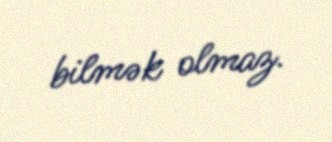
bilmək olmaz.